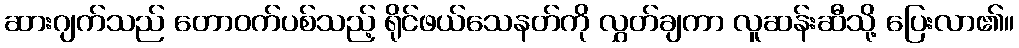
ဆားဂျက်သည် တောဝက်ပစ်သည့် ရိုင်ဖယ်သေနတ်ကို လွှတ်ချကာ လူဆန်းဆီသို့ ပြေးလာ၏။